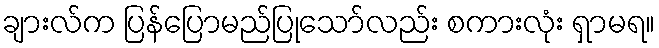
ချားလ်က ပြန်ပြောမည်ပြုသော်လည်း စကားလုံး ရှာမရ။